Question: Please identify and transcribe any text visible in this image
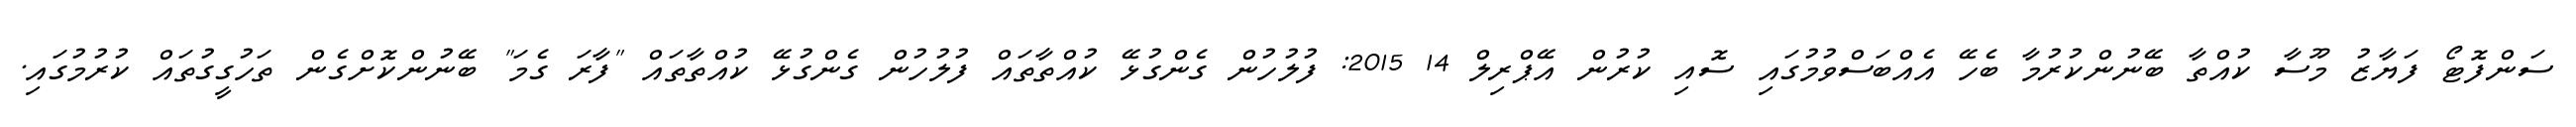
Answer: ސަންފޮޓޯ ފަޔާޒު މޫސާ ކުއްތާ ބޭނުންކުރުމާ ބެހޭ އެއްބަސްވުމުގައި ސޮއި ކުރުން އޭޕްރިލް 14 2015: ފުލުހުން ގެންގުޅޭ ކުއްތާތައް ފުލުހުން ގެންގުޅޭ ކުއްތާތައް "ފާރަ ގެމަ" ބޭނުންކޮށްގެން ތަހުގީގުތައް ކުރުމުގައި.